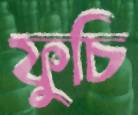
ফুচি